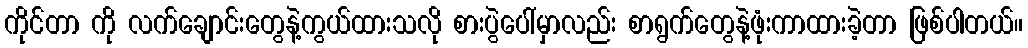
ကိုင်တာ ကို လက်ချောင်းတွေနဲ့ကွယ်ထားသလို စားပွဲပေါ်မှာလည်း စာရွက်တွေနဲ့ဖုံးကာထားခဲ့တာ ဖြစ်ပါတယ်။